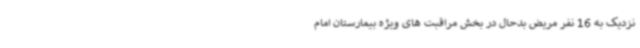
نزدیک به 16 نفر مریض بدحال در بخش مراقبت های ویژه بیمارستان امام